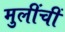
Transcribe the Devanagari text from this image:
मुलींचीं